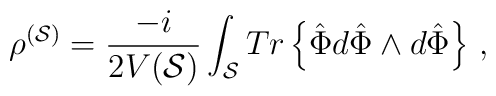
\rho^{({\cal S})} = \frac{-i}{2V({\cal S})}\int_{{\cal S}}             {Tr\left\{\hat{\Phi} d\hat{\Phi}\wedge d\hat{\Phi}\right\}} \ ,